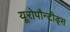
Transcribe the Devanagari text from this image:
यूरोपौन्टीड्स